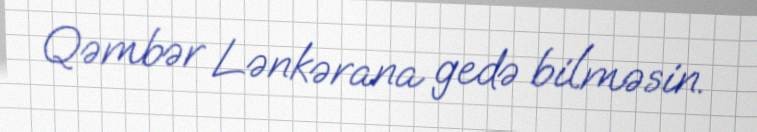
Qəmbər Lənkərana gedə bilməsin.